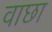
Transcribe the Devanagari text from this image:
वाछा